Reports on dispensaries and lunatic asylums in the Province of Oudh - 1869-1876
Year: 1869
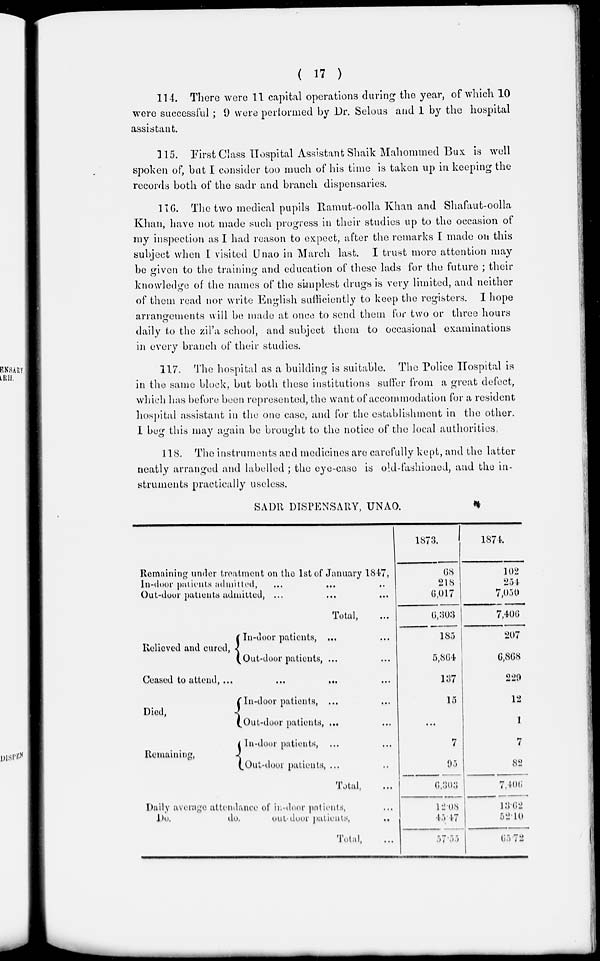
( 17 )
114. There were 11 capital operations during the year, of which 10
were successful ; 9 were performed by Dr. Selous and 1 by the hospital
assistant.
115. First Class Hospital Assistant Shaik Mahommed Bux is well
spoken of, but I consider too much of his time is taken up in keeping the
records both of the sadr and branch , dispensaries.
116. The two medical pupils Ramut-oolla Khan and Shafaut-oolla
Khan, have not made such progress in their studies up to the occasion of
my inspection as I had reason to expect, after the remarks I made on this
subject when I visited Unao in March last. I trust more attention may
be given to the training and education of these lads for the future ; their
knowledge of the names of the simplest drugs is very limited, and neither
of them read nor write English sufficiently to keep the registers. I hope
arrangements will be made at once to send them for two or three hours
daily to the zil'a school, and subject them to occasional examinations
in every branch of their studies.
117. The hospital as a building is suitable. The Police Hospital is
in the same block, but both these institutions suffer from a great defect,
which has before been represented, the want of accommodation for a resident
hospital assistant in the one case, and for the establishment in the other.
I beg this may again be brought to the notice of the local authorities
118. The instruments and medicines are carefully kept, and the latter
neatly arranged and labelled ; the eye-case is old-fashioned, and the in-
struments practically useless.
SADR DISPENSARY, UNAO.
Remaining under treatment on the 1st of January 1847,
In-door patients admitted, ... ... ...
Out-dour patients admitted, ... ... ...
Total, ...
Relieved and cured,
In-door patients , ... ...
Out-door patients, ... ...
Ceased to attend,
...
...
...
...
Died,
Remaining,
In-door patients , ... ...
Out-door patients , ... ...
In-door patients, ... ...
Out-door patients , ... ...
Total, ...
Daily average attendance of in-door patients , ...
Do.
do.
out-door patients, ...
Total, ...
1873.
68
218
6,017
6,303
185
5,864
137
15
...
7
95
6,303
12.08
45.47
57.55
1874.
102
254
7,050
7,406
207
6,868
229
12
1
7
82
7,406
13.62
52.10
65.72